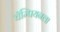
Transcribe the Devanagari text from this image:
चॅम्पियनला